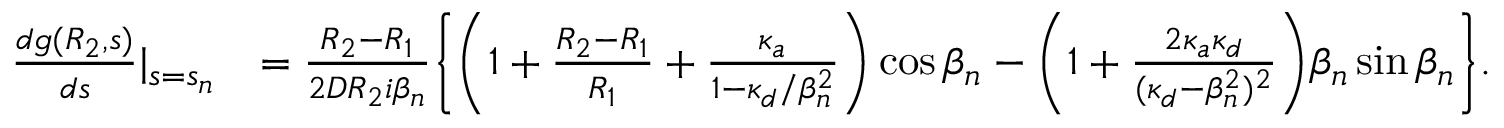
\begin{array} { r l } { \frac { d g ( R _ { 2 } , s ) } { d s } | _ { s = s _ { n } } } & { = \frac { R _ { 2 } - R _ { 1 } } { 2 D R _ { 2 } i \beta _ { n } } \biggl \{ \biggl ( 1 + \frac { R _ { 2 } - R _ { 1 } } { R _ { 1 } } + \frac { \kappa _ { a } } { 1 - \kappa _ { d } / \beta _ { n } ^ { 2 } } \biggr ) \cos \beta _ { n } - \biggl ( 1 + \frac { 2 \kappa _ { a } \kappa _ { d } } { ( \kappa _ { d } - \beta _ { n } ^ { 2 } ) ^ { 2 } } \biggr ) \beta _ { n } \sin \beta _ { n } \biggr \} . } \end{array}